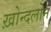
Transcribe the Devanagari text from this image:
ख़ोन्दलोन